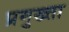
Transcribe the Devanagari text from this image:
प्रमुख्ता